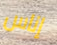
إناس